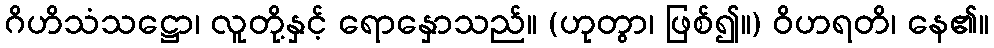
ဂိဟိသံသဋ္ဌော၊ လူတို့နှင့် ရောနှောသည်။ (ဟုတွာ၊ ဖြစ်၍။) ဝိဟရတိ၊ နေ၏။